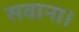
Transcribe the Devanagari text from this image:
सवाना।